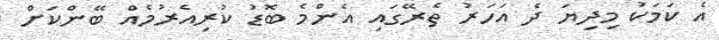
އެ ކަމަކު މިދިޔަ ދެ އަހަރު ތެރޭގައި އެންމެ ބޮޑު ކުރިއެރުމެއް ބޭންކަށް